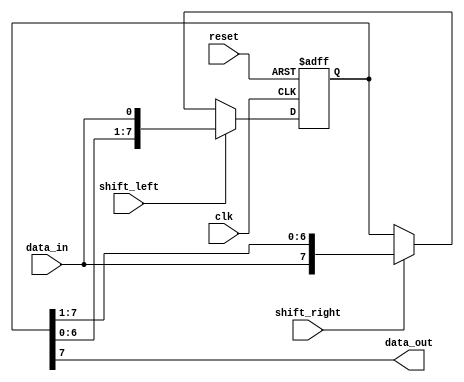
module bidirectional_shift_register(
    input wire clk,      // Clock input
    input wire reset,    // Reset signal
    input wire shift_left,  // Control signal for shifting data to the left
    input wire shift_right,  // Control signal for shifting data to the right
    input wire data_in,   // Input data
    output reg data_out   // Output data
);

reg [7:0] register;

always @(posedge clk or posedge reset) begin
    if (reset) begin
        register <= 8'b0;  // Reset register to all zeros
    end else begin
        if (shift_left) begin
            register <= {register[6:0], data_in};  // Shift data to the left
        end else if (shift_right) begin
            register <= {data_in, register[7:1]};  // Shift data to the right
        end
    end
end

assign data_out = register[7];  // Output data from the most significant bit of the register

endmodule